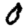
Digit: 0